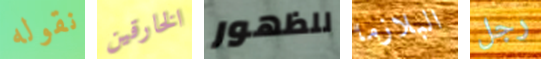
نقوله الخارقين للظهور البلازما رجل